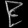
Digit: ၉